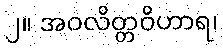
၂။ အဝလိတ္တဝိဟာရ၊